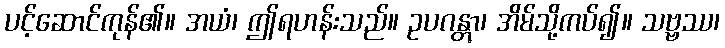
ပင့်ဆောင်ကုန်၏။ အယံ၊ ဤရဟန်းသည်။ ဥပဂန္တွာ၊ အိမ်သို့ကပ်၍။ သဗ္ဗဿ၊